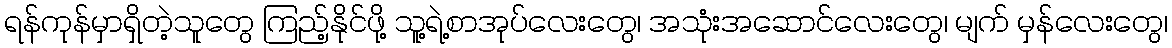
ရန်ကုန်မှာရှိတဲ့သူတွေ ကြည့်နိုင်ဖို့ သူ့ရဲ့စာအုပ်လေးတွေ၊ အသုံးအဆောင်လေးတွေ၊ မျက် မှန်လေးတွေ၊